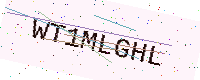
Text: WT1MLGHL